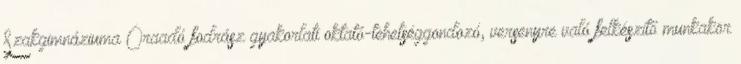
Szakgimnáziuma Óraadó fodrász gyakorlati oktató-tehetséggondozó, versenyre való felkészítő munkakör